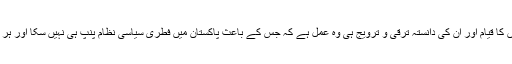
غیر سیاسی عناصر کی بے جا مداخلت، مختلف سیاسی تنظیموں کا قیام اور اُن کی دانستہ ترقی و ترویج ہی وہ عمل ہے کہ جس کے باعث پاکستان میں فطری سیاسی نظام پنپ ہی نہیں سکا اور ہر آنے والی سیاسی جماعت کو اسی بے ساکھی کا سہارا لینا پڑا ۔